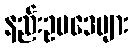
နည်းဥပဒေများ